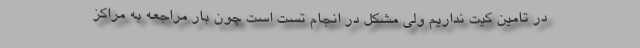
در تامین کیت نداریم ولی مشکل در انجام تست‌ است چون بار مراجعه به مراکز